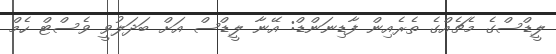
ލީޑްސްގެ މެޗެއްގެ ތެރެއިން ފާޑިނަންޑް: އޭނާ ލީޑްސް އަށް ބަދަލުވީ ވެސްޓް ހެމް